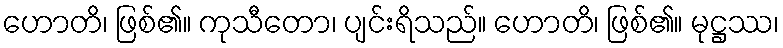
ဟောတိ၊ ဖြစ်၏။ ကုသီတော၊ ပျင်းရိသည်။ ဟောတိ၊ ဖြစ်၏။ မုဋ္ဌဿ၊